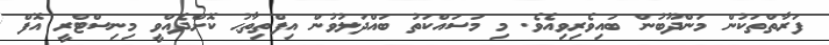
ފަރާތްތަކުން މަންދޫބުން ބައިވެރިވިއެވެ. މި މަސައްކަތު ބައްދަލުވުން އިފްތިތާޙު ކޮށްދެއްވީ މިނިސްޓްރީ އޮފް